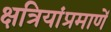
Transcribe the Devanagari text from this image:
क्षत्रियांप्रमाणें